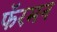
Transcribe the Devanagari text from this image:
फॅरमन